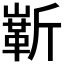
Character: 𪩗